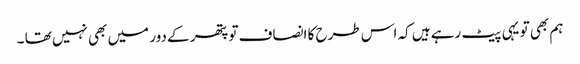
ہم بھی تو یہی پیٹ رہے ہیں کہ اس طرح کا انصاف تو پتھر کے دور میں بھی نہیں تھا ۔